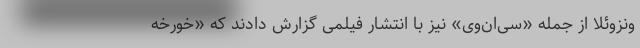
ونزوئلا از جمله «سی‌ان‌وی» نیز با انتشار فیلمی گزارش دادند که «خورخه